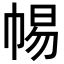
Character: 𢃡